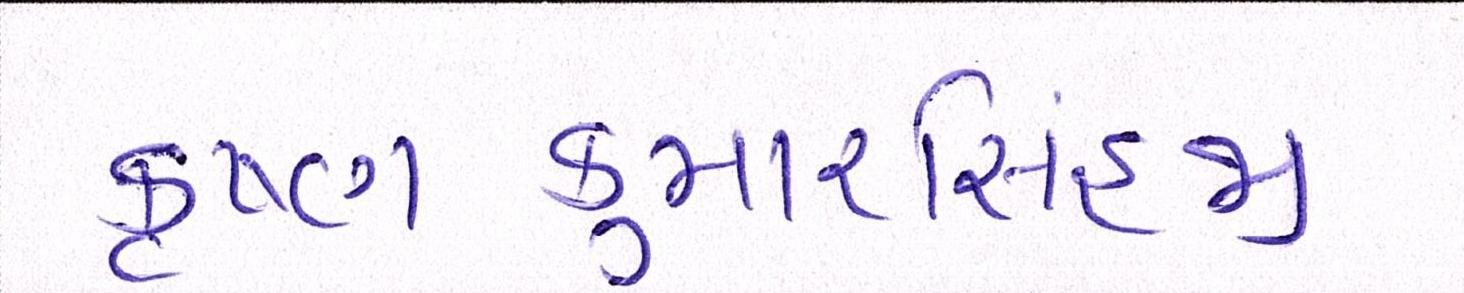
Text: કૃષ્ણકુમારસિંહજી